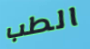
الطب